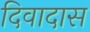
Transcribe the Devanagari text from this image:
दिवादास